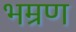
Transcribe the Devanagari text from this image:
भम्रण